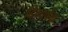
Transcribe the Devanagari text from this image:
दिग्दर्षक